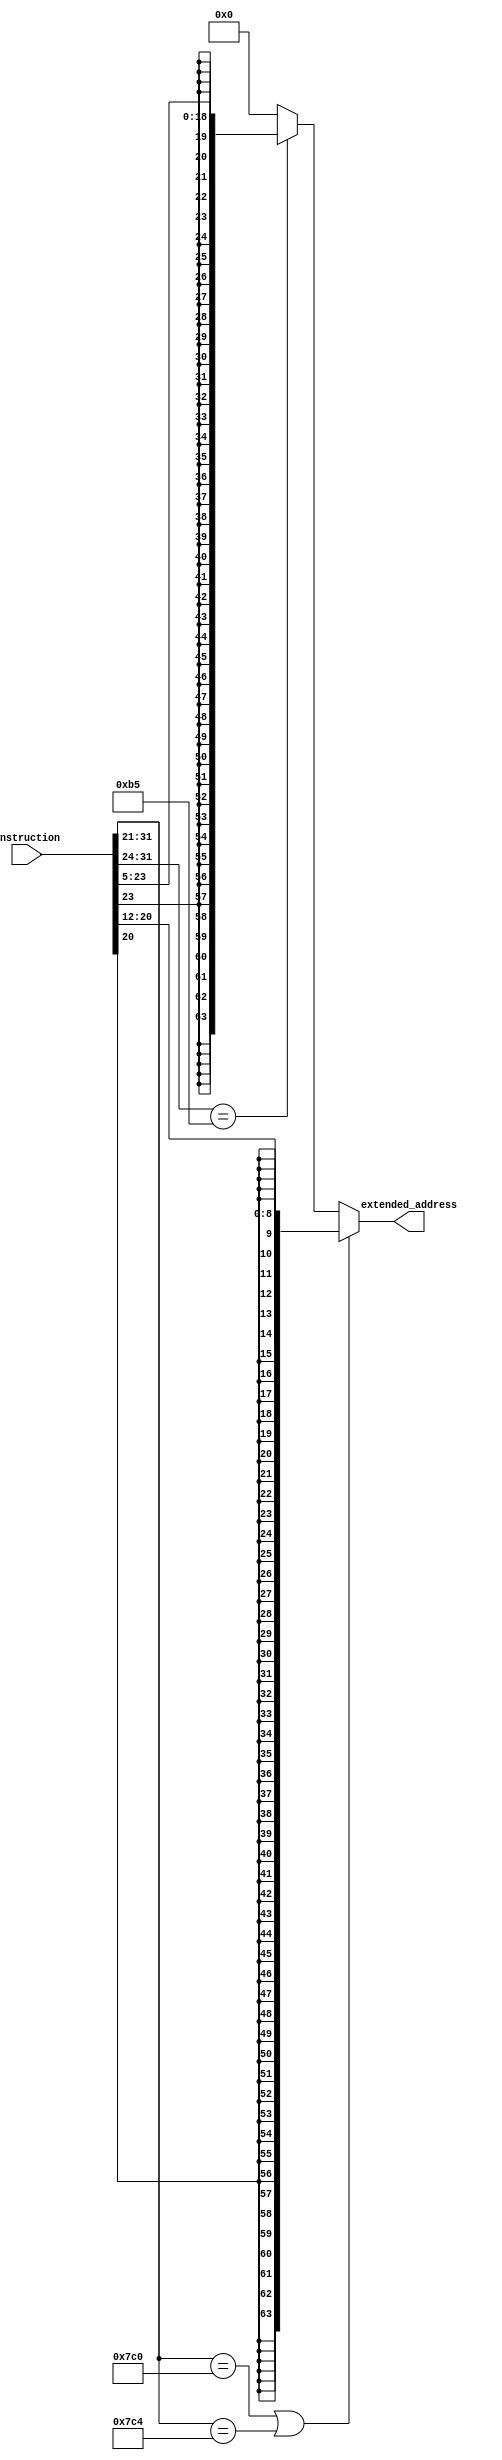
module Sign_Extend(instruction,extended_address);   //DONE
	input [31:0] instruction;
	output [63:0] extended_address;
	assign extended_address = ((instruction[31:21]==11'b11111000000)||(instruction[31:21]==11'b11111000100)) ? {{55{instruction[20]}},instruction[20:12]} : (instruction[31:24]==8'b10110101 ?  {{45{instruction[23]}},instruction[23:5]}:0);
endmodule
 //expr ? stmt : stmt
 //expr ? ( expr ? stmt : stmt) : stmt